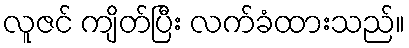
လူဇင် ကျိတ်ပြီး လက်ခံထားသည်။